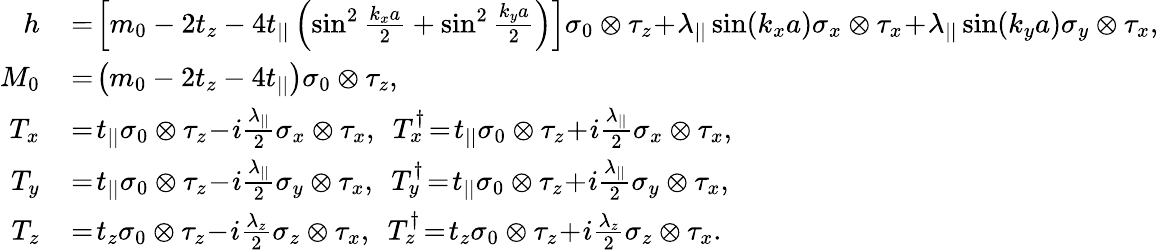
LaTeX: \begin{array}{rl}{h}&{{}\! =\! \left[m_{0}-2t_{z}-4t_{||}\left(\sin^{2}\frac{k_{x}a}{2}+\sin^{2}\frac{k_{y}a}{2}\right)\right]\sigma_{0}\otimes\tau_{z}\! +\! \lambda_{||}\sin(k_{x}a)\sigma_{x}\otimes\tau_{x}\! +\! \lambda_{||}\sin(k_{y}a)\sigma_{y}\otimes\tau_{x},}\\ {M_{0}}&{{}\! =\! \left(m_{0}-2t_{z}-4t_{||}\right)\sigma_{0}\otimes\tau_{z},}\\ {T_{x}}&{{}\! =\! t_{||}\sigma_{0}\otimes\tau_{z}\! -\! i\frac{\lambda_{||}}{2}\sigma_{x}\otimes\tau_{x},~~T_{x}^{\dagger}\! =\! t_{||}\sigma_{0}\otimes\tau_{z}\! +\! i\frac{\lambda_{||}}{2}\sigma_{x}\otimes\tau_{x},}\\ {T_{y}}&{{}\! =\! t_{||}\sigma_{0}\otimes\tau_{z}\! -\! i\frac{\lambda_{||}}{2}\sigma_{y}\otimes\tau_{x},~~T_{y}^{\dagger}\! =\! t_{||}\sigma_{0}\otimes\tau_{z}\! +\! i\frac{\lambda_{||}}{2}\sigma_{y}\otimes\tau_{x},}\\ {T_{z}}&{{}\! =\! t_{z}\sigma_{0}\otimes\tau_{z}\! -\! i\frac{\lambda_{z}}{2}\sigma_{z}\otimes\tau_{x},~~T_{z}^{\dagger}\! =\! t_{z}\sigma_{0}\otimes\tau_{z}\! +\! i\frac{\lambda_{z}}{2}\sigma_{z}\otimes\tau_{x}.}\end{array}